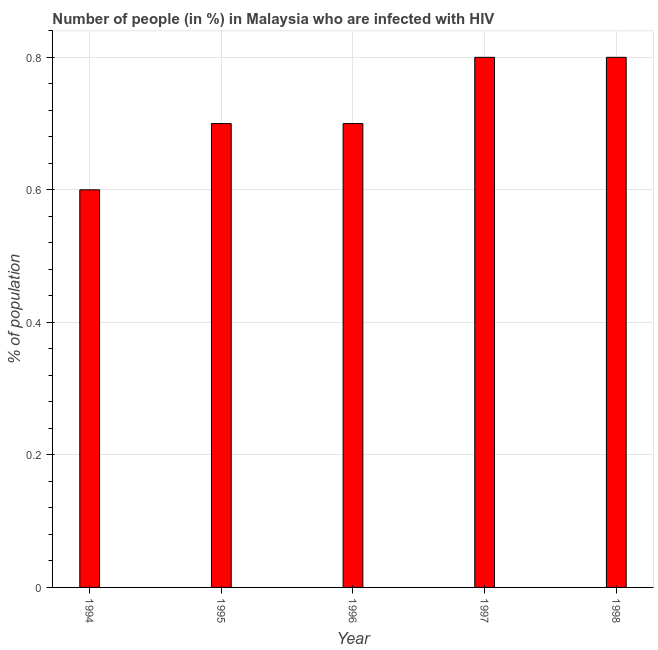
| Year | Infected with HIV |
 | --- | --- |
 | 1994 | 0.6 |
 | 1995 | 0.7 |
 | 1996 | 0.7 |
 | 1997 | 0.8 |
 | 1998 | 0.8 |